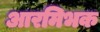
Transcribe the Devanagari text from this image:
आरमिभक